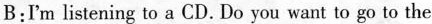
B:I'm listening to a CD. Do you want to go to the